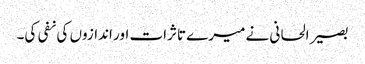
بصیر الحانی نے میرے تاثرات اور اندازوں کی نفی کی۔